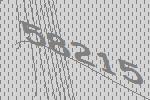
58215